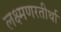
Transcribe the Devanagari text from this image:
लक्ष्मणरतीर्था